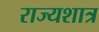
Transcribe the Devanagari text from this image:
राज्यशात्र